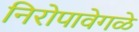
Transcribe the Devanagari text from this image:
निरोपावेगळे